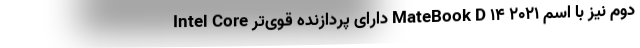
دوم نیز با اسم MateBook D 14 2021 دارای پردازنده قوی‌تر Intel Core